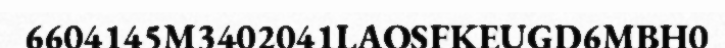
6604145M3402041LAOSFKEUGD6MBH0